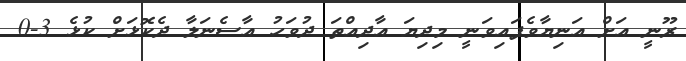
ރޫނީ އަށް އަނިޔާވެފައިވަނީ މިދިޔަ އާދިއްތަ ދުވަހު އާސެނަލާ ދެކޮޅަށް ކުޅެ 3-0